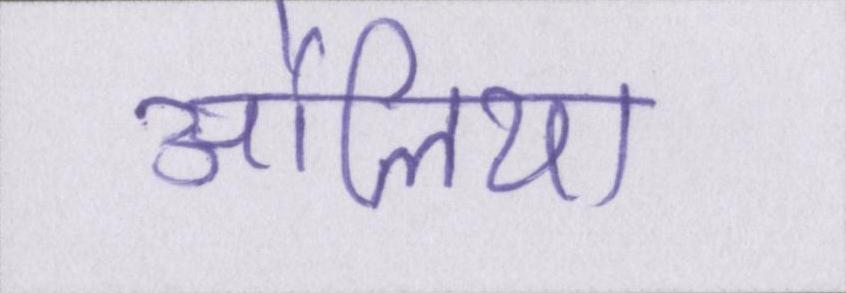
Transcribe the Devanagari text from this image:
औलिया